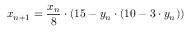
x _ { n + 1 } = { \frac { x _ { n } } { 8 } } \cdot ( 1 5 - y _ { n } \cdot ( 1 0 - 3 \cdot y _ { n } ) )